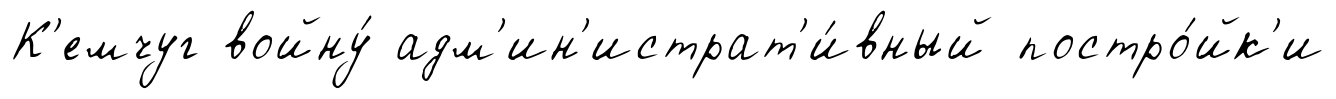
К'емчуг войну́ адм'ин'истрат'и́вный постро́йк'и